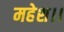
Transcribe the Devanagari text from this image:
महेश।।